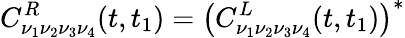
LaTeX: C_{\nu_{1}\nu_{2}\nu_{3}\nu_{4}}^{R}(t,t_{1})=\left(C_{\nu_{1}\nu_{2}\nu_{3}\nu_{4}}^{L}(t,t_{1})\right)^{*}